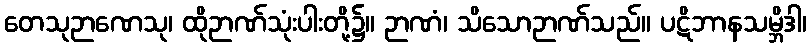
တေသုဉာဏေသု၊ ထိုဉာဏ်သုံးပါးတို့၌။ ဉာဏံ၊ သိသောဉာဏ်သည်။ ပဋိဘာနသမ္ဘိဒါ၊